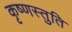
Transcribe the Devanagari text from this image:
कृष्णस्तुति